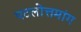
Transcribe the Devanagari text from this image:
पटलोत्तमांग